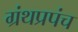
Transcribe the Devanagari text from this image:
ग्रंथप्रपंच